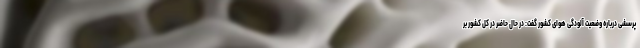
پرسشی درباره وضعیت آلودگی هوای کشور گفت: در حال حاضر در کل کشور بر